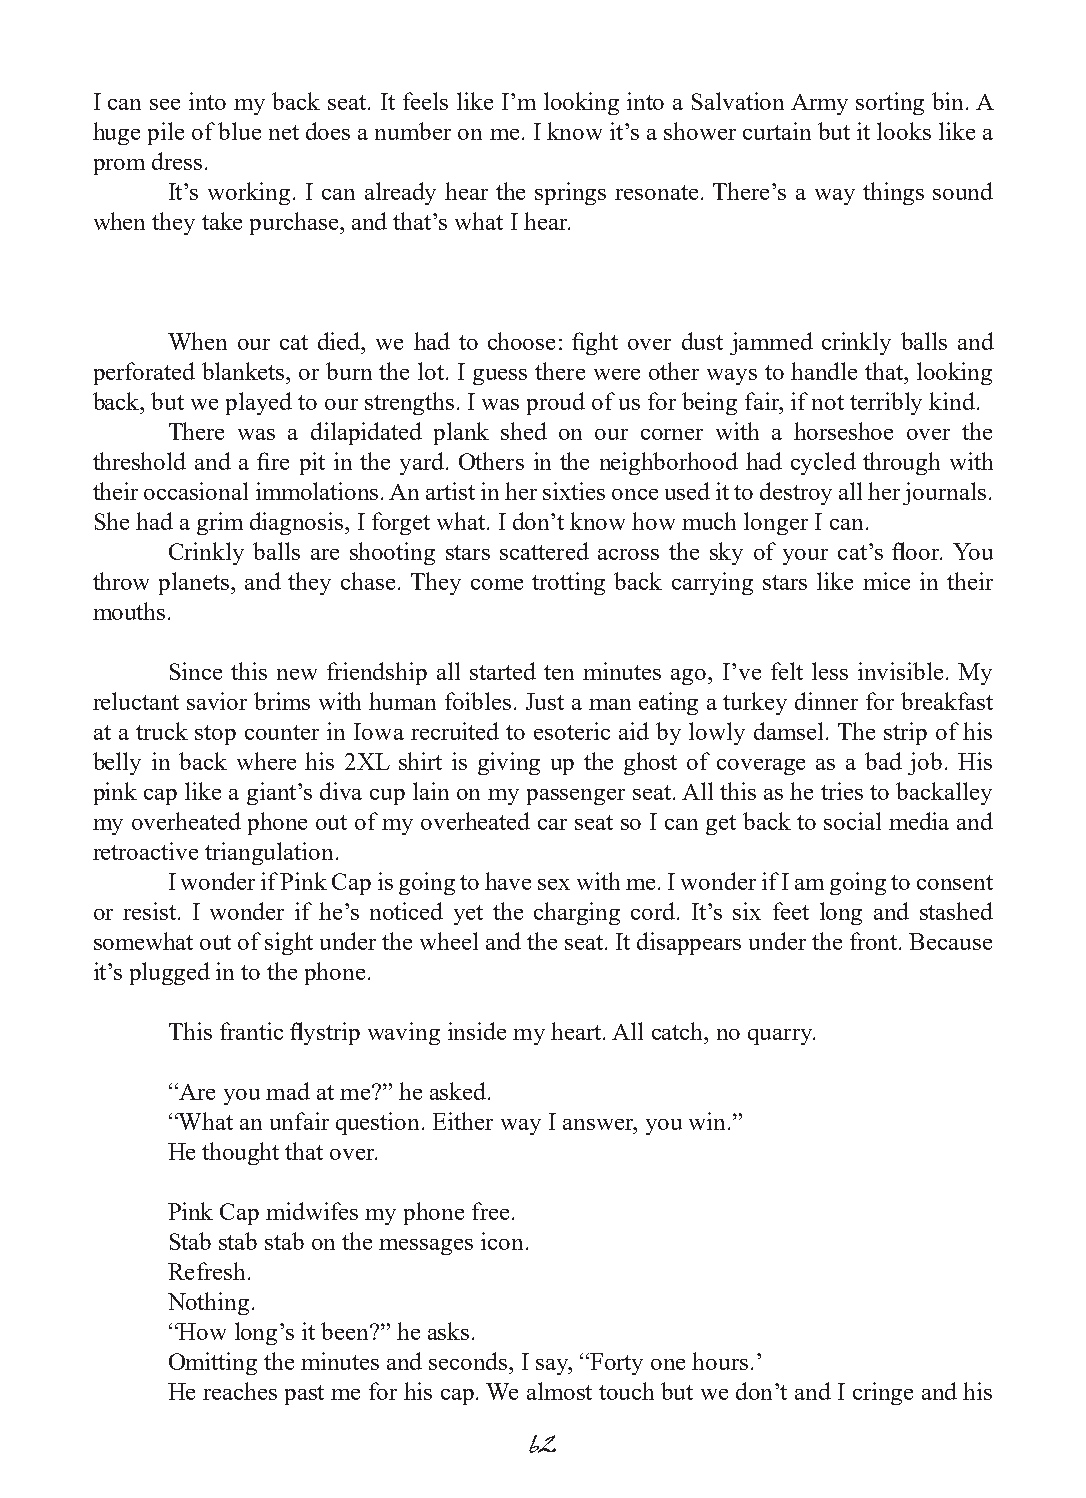
I can see into my back seat. It feels like I’m looking into a Salvation Army sorting bin. A
 huge pile of blue net does a number on me. I know it’s a shower curtain but it looks like a
 prom dress.
 It’s working. I can already hear the springs resonate. There’s a way things sound
 when they take purchase, and that’s what I hear.
 When our cat died, we had to choose: fight over dust jammed crinkly balls and
 perforated blankets, or burn the lot. I guess there were other ways to handle that, looking
 back, but we played to our strengths. I was proud of us for being fair, if not terribly kind.
 There was a dilapidated plank shed on our corner with a horseshoe over the
 threshold and a fire pit in the yard. Others in the neighborhood had cycled through with
 their occasional immolations. An artist in her sixties once used it to destroy all her journals.
 She had a grim diagnosis, I forget what. I don’t know how much longer I can.
 Crinkly balls are shooting stars scattered across the sky of your cat’s floor. You
 throw planets, and they chase. They come trotting back carrying stars like mice in their
 mouths.
 Since this new friendship all started ten minutes ago, I’ve felt less invisible. My
 reluctant savior brims with human foibles. Just a man eating a turkey dinner for breakfast
 at a truck stop counter in Iowa recruited to esoteric aid by lowly damsel. The strip of his
 belly in back where his 2XL shirt is giving up the ghost of coverage as a bad job. His
 pink cap like a giant’s diva cup lain on my passenger seat. All this as he tries to backalley
 my overheated phone out of my overheated car seat so I can get back to social media and
 retroactive triangulation.
 I wonder if Pink Cap is going to have sex with me. I wonder if I am going to consent
 or resist. I wonder if he’s noticed yet the charging cord. It’s six feet long and stashed
 somewhat out of sight under the wheel and the seat. It disappears under the front. Because
 it’s plugged in to the phone.
 This frantic flystrip waving inside my heart. All catch, no quarry.
 “Are you mad at me?” he asked.
 “What an unfair question. Either way I answer, you win.”
 He thought that over.
 Pink Cap midwifes my phone free.
 Stab stab stab on the messages icon.
 Refresh.
 Nothing.
 “How long’s it been?” he asks.
 Omitting the minutes and seconds, I say, “Forty one hours.’
 He reaches past me for his cap. We almost touch but we don’t and I cringe and his
 62